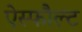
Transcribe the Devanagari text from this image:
ऐस्फौल्ट